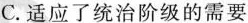
C.适应了统治阶级的需要